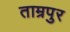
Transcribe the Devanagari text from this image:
ताम्रपुर